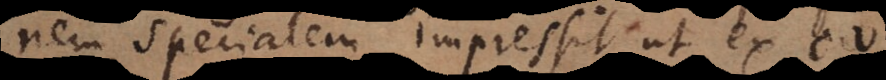
nem specialem impressit, ut ex eo